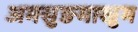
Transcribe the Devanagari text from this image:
अमसुङमाखुम